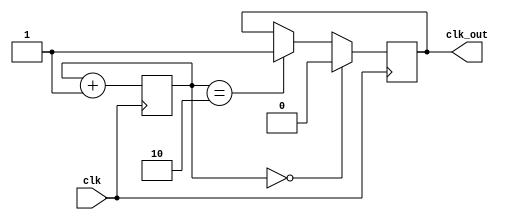
`timescale 1ns / 1ps
//////////////////////////////////////////////////////////////////////////////////
// Company: 
// Engineer: 
// 
// Design Name: 
// Module Name: clock_divider
// Project Name: 
// Target Devices: 
// Tool Versions: 
// Description: 
// 
// Dependencies: 
// 
// Revision:
// Revision 0.01 - File Created
// Additional Comments:
// 
//////////////////////////////////////////////////////////////////////////////////


//module clock_divider (
//    input clk,       // Assume 100 MHz
//    output reg clk_out = 0  // 25 MHz
//);

//    reg [1:0] counter = 0;

//    always @(posedge clk) begin
//        counter <= counter + 1;
//        if (counter == 2'b10) 
//            clk_out <= ~clk_out;
//    end

//endmodule
module clock_divider (
    input clk,       // Assume 100 MHz
    output reg clk_out = 0  // 25 MHz
);

    reg [1:0] counter = 0;

    always @(posedge clk) begin
        counter <= counter + 1'b1;
        if (counter == 2'b00) 
            clk_out <= 0;
        else if (counter == 2'b10)
            clk_out <= 1;
    end

endmodule